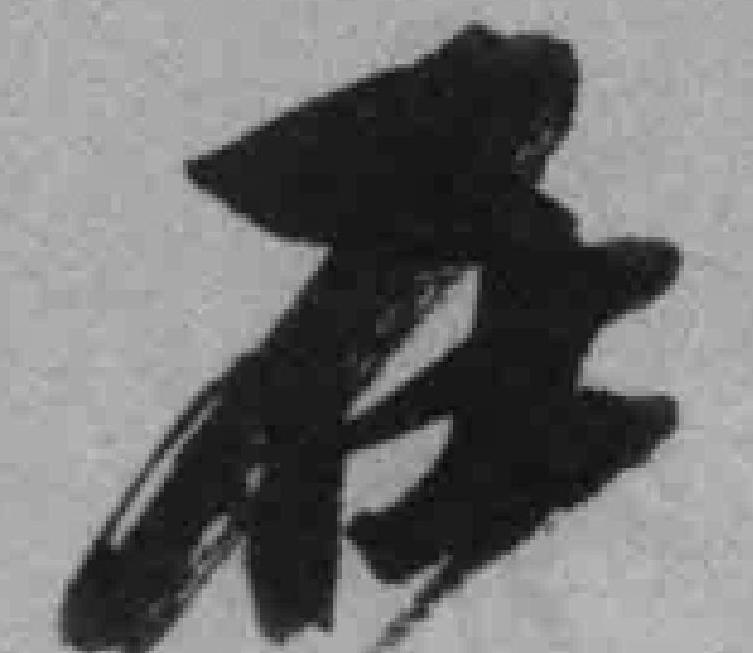
在